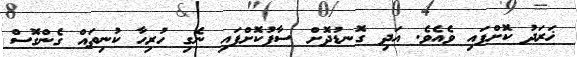
ޚަރަދު ކޮށްފައި ވެއެވެ. އަދި ގޮނޑުދޮށް ސާފުކޮށްފައި ނެގި ހުރިހާ ކުނިތައް ގެންގޮސް